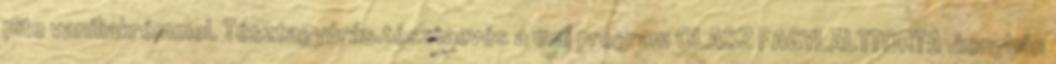
pite vaníliakrémmel. Tésztagyúrás.tésztaevés a mai program OLASZ FAGYLALTTORTA .konyhán